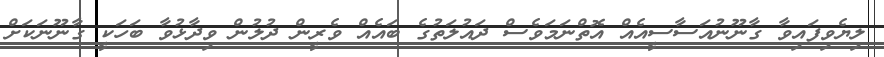
ލިޔެވިފައިވާ ގާނޫނުއަސާސީއެއް އޮތްނަމަވެސް ދައުލަތުގެ ބައެއް ވެރީން ދުލުން ވިދާޅުވާ ބަހަކީ ގާނޫނަކަށް